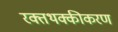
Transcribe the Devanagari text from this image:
रक्तथक्कीकरण